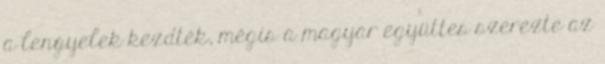
a lengyelek kezdték, mégis a magyar együttes szerezte az